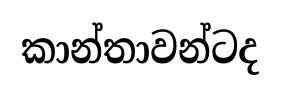
කාන්තාවන්ටද